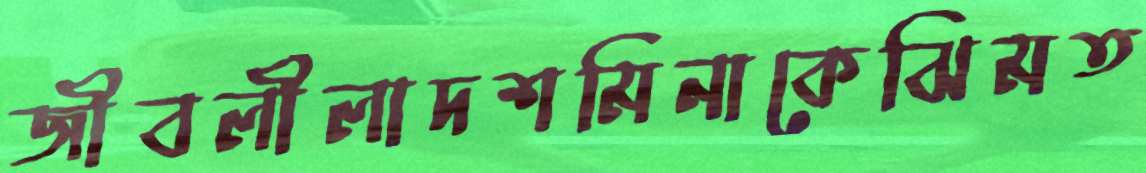
জীবলীলাদশমিনাকেঝিমত